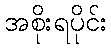
အစိုးရပိုင်း